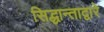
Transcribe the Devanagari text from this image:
सिद्धान्ताद्वारे